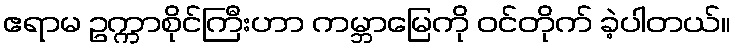
ဧရာမ ဥက္ကာစိုင်ကြီးဟာ ကမ္ဘာမြေကို ဝင်တိုက် ခဲ့ပါတယ်။